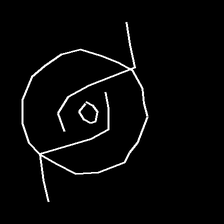
Glyph: repetition